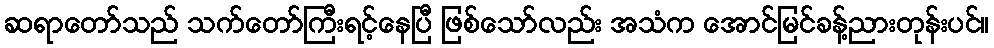
ဆရာတော်သည် သက်တော်ကြီးရင့်နေပြီ ဖြစ်သော်လည်း အသံက အောင်မြင်ခန့်ညားတုန်းပင်။